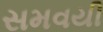
સમવયી